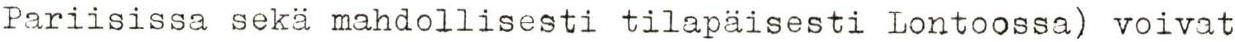
Pariisissa sekä mahdollisesti tilapäisesti Lontoossa) voivat